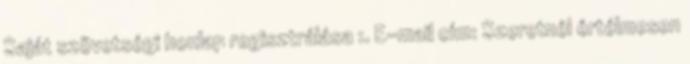
Saját szövetségi honlap regisztrálása :. E-mail cím: Szeretnél értélmesen